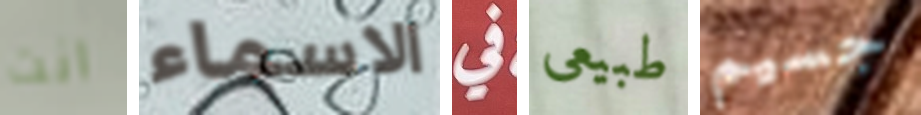
انت الاسماء في طبيعى جسيم